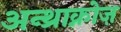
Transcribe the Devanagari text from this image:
अन्थ्राक्नोज़